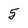
Character: 5